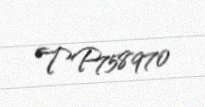
TP758970